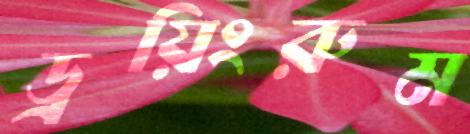
ড্রয়িংরুম